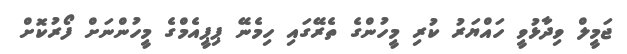
ޖަމީލް ވިދާޅުވީ ހައްޔަރު ކުރި މީހުންގެ ތެރޭގައި ހިމެނޭ ޕިޕީއެމްގެ މީހުންނަށް ފޯރުކޮށް